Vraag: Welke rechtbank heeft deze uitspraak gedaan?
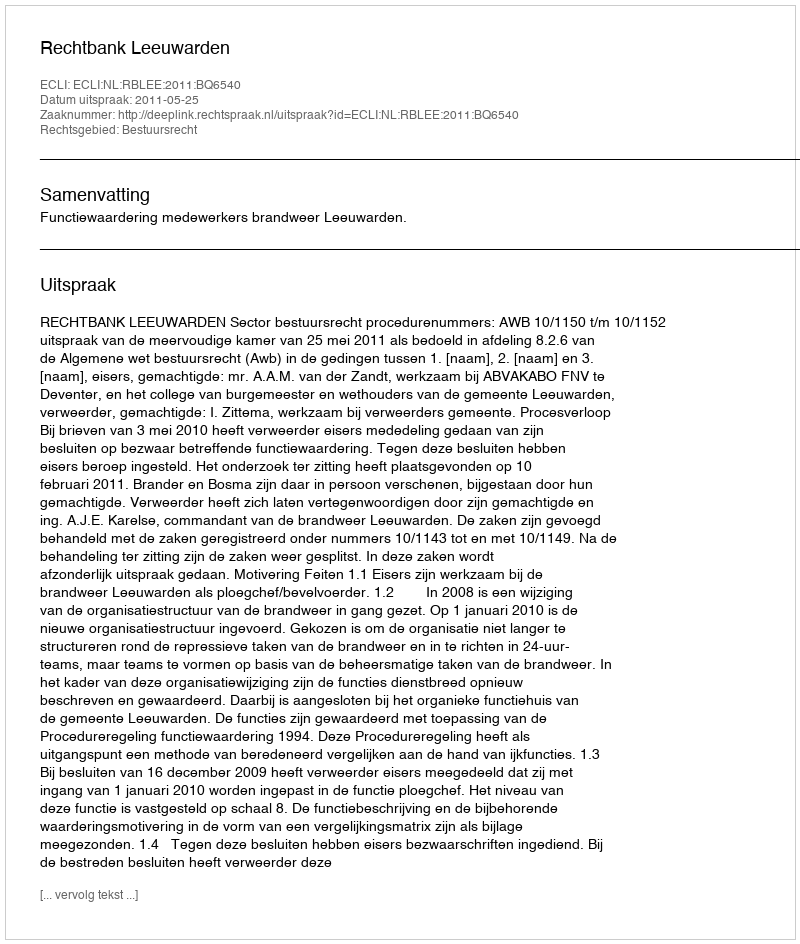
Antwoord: Rechtbank Leeuwarden